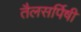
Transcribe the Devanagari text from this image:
तैलसर्पिषी